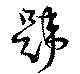
韙